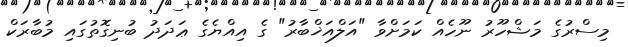
މިސްރުގެ މަޝްހޫރު ނޫހެއް ކަމަށްވާ "އަލްއަޚްބާރު" ގެ އިއްޔެގެ ޢަދަދު ބުނިގޮތުގައި މުބާރަކް